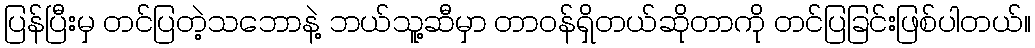
ပြန်ပြီးမှ တင်ပြတဲ့သဘောနဲ့ ဘယ်သူ့ဆီမှာ တာဝန်ရှိတယ်ဆိုတာကို တင်ပြခြင်းဖြစ်ပါတယ်။